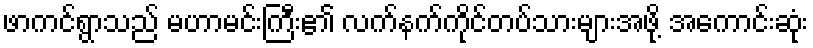
ဖာကင်ရွာသည် မဟာမင်းကြီး၏ လက်နက်ကိုင်တပ်သားများအဖို့ အကောင်းဆုံး